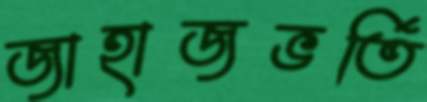
জাহাজভর্তি